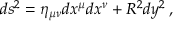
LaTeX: d s ^ { 2 } = \eta _ { \mu \nu } d x ^ { \mu } d x ^ { \nu } + R ^ { 2 } d y ^ { 2 } \, ,